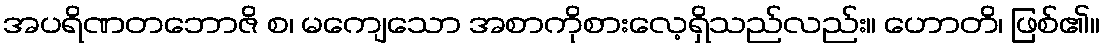
အပရိဏတဘောဇိ စ၊ မကျေသော အစာကိုစားလေ့ရှိသည်လည်း။ ဟောတိ၊ ဖြစ်၏။